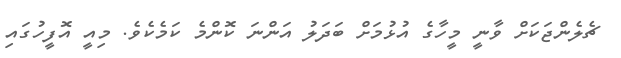
ޗެލެންޖަކަށް ވާނީ މީހާގެ އުޅުމަށް ބަދަލު އަންނަ ކޮންމެ ކަމެކެވެ. މިއީ އޮފީހުގައި